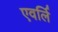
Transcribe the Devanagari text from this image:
एवर्लि